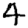
Digit: 4